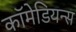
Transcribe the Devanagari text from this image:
कॉमेडियन्स